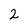
Character: 2